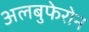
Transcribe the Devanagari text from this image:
अलबुफेरोन